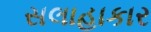
સલાહાકાર